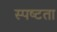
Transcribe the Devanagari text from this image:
स्‍पष्‍टता